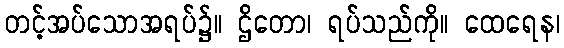
တင့်အပ်သောအရပ်၌။ ဌိတော၊ ရပ်သည်ကို။ ထေရေန၊